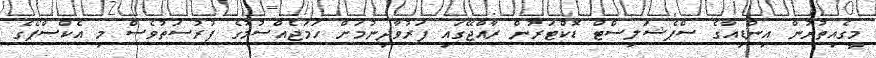
މީގެއިތުރުން އިންޑިއާގެ ސްޕެޝަލިސްޓް ޑޮކްޓަރުން ރާއްޖޭގައި ފަރުވާދިނުމަށް ހަމަޖެއްސުމުގެ ފުރުސަތުވެސް މި އެކްސްޕޯގެ